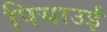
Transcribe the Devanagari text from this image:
पियाउई